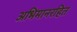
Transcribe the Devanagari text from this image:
अभिमानरहित